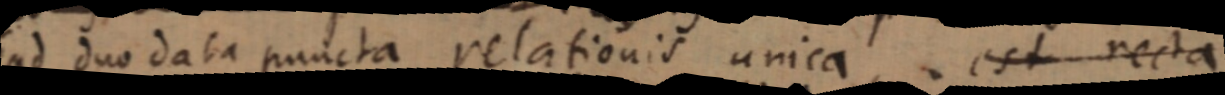
ad duo data puncta relationis unica, est recta